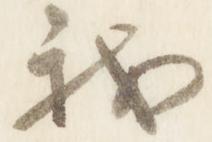
我